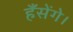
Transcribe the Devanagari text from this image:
हँसेंगे।